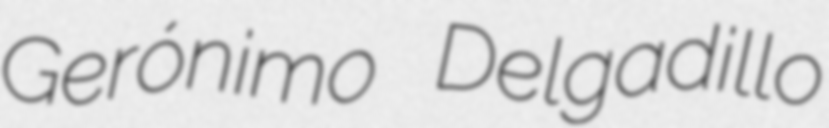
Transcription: Gerónimo Delgadillo